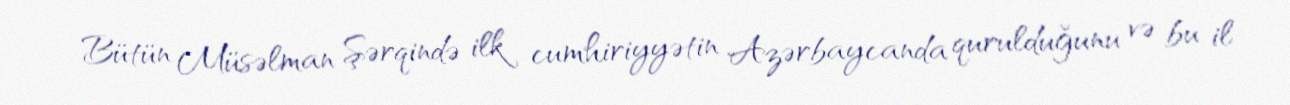
Bütün Müsəlman Şərqində ilk cumhiriyyətin Azərbaycanda qurulduğunu və bu il